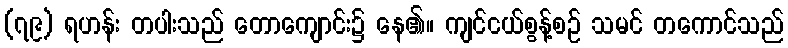
(၇၉) ရဟန်း တပါးသည် တောကျောင်း၌ နေ၏။ ကျင်ငယ်စွန့်စဉ် သမင် တကောင်သည်